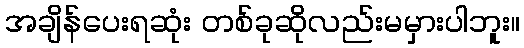
အချိန်ပေးရဆုံး တစ်ခုဆိုလည်းမမှားပါဘူး။